Civil Veterinary Department. United Provinces 1912-22 - 1912-1922
Year: 1912
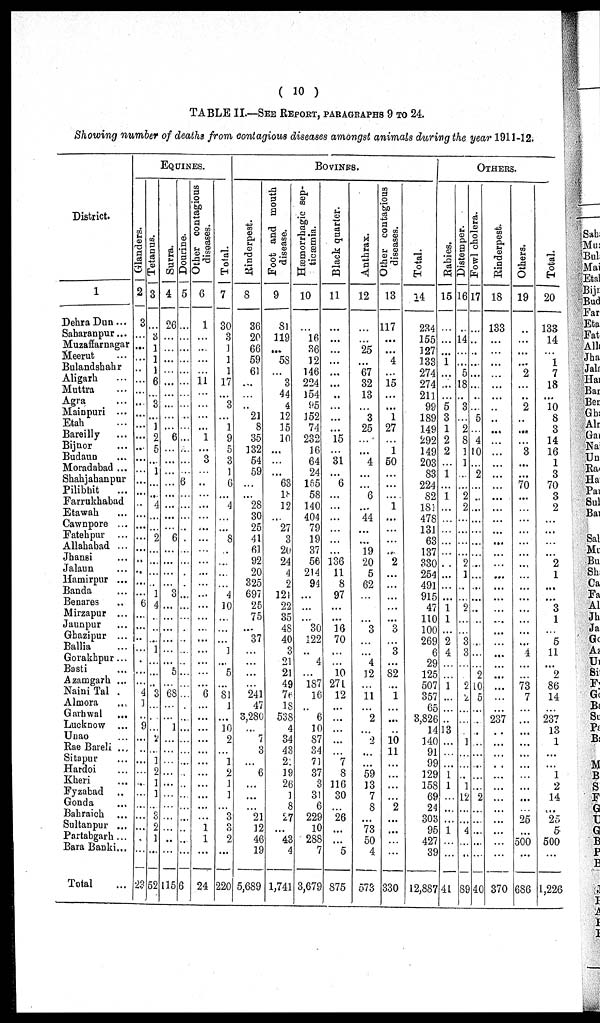
( 10 )
TABLE II.—SEE REPORT, PARAGRAPHS 9 TO 24.
Showing number of deaths from contagious diseases amongst animals during the year 1911-12.
District.
1
Dehra Dun ...
Saharanpur ...
Muzaffarnagar
Meerut ...
Bulandshahr
Aligarh ...
Muttra ...
Agra ...
Mainpuri ...
Etah ...
Bareilly ...
Bijnor ...
Budaun
...
Moradabad ...
Shahjahanpur
Pilibhit ...
Farrukhabad
Etawah ...
Cawnpore ...
Fatehpur ...
Allababad ...
Jhansi ...
Jalaun ...
Hamirpur ...
Banda ...
Benares ...
Mirzapur ...
Jaunpur ...
Ghazipur ...
Ballia ...
Gorakhpur ...
Basti ...
Azamgarh ...
Naini Tal .
Almora ...
Garhwal ...
Lucknow ...
Unao
...
Rae Bareli ...
Sitapur ...
Hardoi ...
Kheri ...
Fyzabad ...
Gonda ...
Bahraich ...
Sultanpur ...
Partabgarh ...
Bara Banki ...
Total ...
EQUINES.
Glanders.
2
3
...
...
...
...
...
...
...
...
...
...
..
...
...
...
...
...
...
...
...
...
...
...
...
...
6
...
...
...
...
...
...
...
4
1
...
9
...
...
...
...
...
...
...
...
... ...
...
23
Tetanus.
3
...
3
1
1
1
6
...
3
...
1
2
5
...
1
...
...
4
...
...
2
...
...
...
...
1
4
...
..
...
1
...
...
...
3
...
...
...
2
...
1
2
1
1
...
3
2 1
...
52
Surra.
4
26
...
...
...
...
...
...
...
...
... 6
...
...
...
...
...
...
...
...
6
...
...
...
...
3
...
...
...
...
...
...
5
...
68
...
...
1
...
...
...
...
...
...
...
...
... ...
...
115
Dourine.
5
...
...
...
...
...
...
...
...
...
...
...
...
...
...
6
...
...
...
...
...
...
...
...
...
...
...
...
...
...
...
....
...
...
...
...
...
...
...
...
...
...
...
...
...
...
...
...
...
6
Other contagious
diseases.
6
1
...
...
...
...
11
...
...
...
...
...
...
3
...
..
...
...
...
...
...
...
...
...
...
...
...
...
...
...
...
....
...
...
6
...
...
...
...
...
...
...
...
...
...
...
1
1
...
24
Total.
7
30
3
1
1
1
17
...
3
...
1
9
5
3
1
6
...
4
...
...
8
...
...
...
...
4
10
...
...
...
1
....
5
...
81
1
...
10
2
...
1
2
1
1
...
3
3 2
...
220
BOVINES.
Rinderpest.
8
36
20
66
59
61
...
...
...
21
8
35
132
54
59
...
...
28
30
25
41
61
92
20
325
697
25
75
...
37
...
....
...
...
241
47
3,280
...
7
3
...
6
...
...
...
21
12
46
19
5,689
Foot and mouth
disease.
9
81
119
...
58
... 3
44
4
12
15
10
...
...
...
63
18
12
...
27
3
26
24
4
2
121
22
35
48
40
3
21
21
49
76
18
538
4
34
43
22
19
26
1
8
27
... 43
4
1,741
Hæmorrhagic sep-
ticæmia.
10
... 16
36
12
146
224
154
95
152
74
232
16
64
24
155
58
140
404
79
19
37
56
214
94
...
...
...
30
122
..
4
...
187
16
...
6
10
87
34
71
37
3
31
6
229
10
288
7
3,679
Black quarter.
11
...
...
...
...
...
...
...
...
...
... 15
...
31
...
6
...
...
...
...
...
...
136
11
8
97
...
...
16
70
...
...
10
271
12
...
...
...
...
...
7
8
116
30
...
26
... ...
5
875
Anthrax.
12
...
...
25
...
67
32
13
...
3
25
...
...
4
...
...
6
...
44
...
...
19
20
5
62
...
...
...
3
...
...
4
12
...
11
...
2
...
2
...
...
59
13
7
8
...
73
50
4
573
Other contagious
diseases.
13
117
...
...
...
...
15
...
...
1
27
...
1
50
...
...
...
1
...
...
...
...
2
...
...
...
...
...
3
...
3
....
82
...
1
...
...
...
10
11
...
...
...
...
2
...
...
...
...
330
Total.
14
234
155
127
133
274
274
211
99
189
149
292
149
203
83
224
82
181
478
131
63
137
330
254
491
915
47
110
100
269
6
29
125
507
357
65
3,826
14
140
91
99
129
158
69
24
303
95
427
39
12,887
OTHERS.
Rabies.
15
...
...
...
1
...
...
...
5
3
1
2
2
...
1
...
1
...
...
...
...
...
...
...
...
...
1
1
...
2
4
...
...
1
...
...
...
13
...
...
...
1
1
...
...
...
1
...
...
41
Distemper.
16
...
14
...
...
5
18
...
3
...
2
8
1
1
...
...
2
2
...
...
...
...
2
1
...
...
9
...
...
3
3
...
9
...
...
...
1
...
...
...
1
12
...
...
4
...
...
89
Fowl cholera.
17
...
...
...
...
...
...
...
...
5
...
4
10
...
2
...
..
...
...
...
...
...
...
...
...
...
...
...
...
...
...
...
2
10
5
...
...
...
...
...
...
...
...
2
...
...
...
...
...
40
Rinderpest.
18
133
...
...
...
...
...
...
...
...
...
...
...
...
...
...
...
...
...
... ...
...
...
...
...
...
...
...
...
...
...
...
...
...
...
...
237
...
...
...
...
...
...
...
...
...
...
...
...
370
Others.
19
...
...
...
... 2
...
...
2
...
...
...
3
...
...
70
...
...
...
...
...
...
...
...
...
...
...
...
...
...
4
...
...
73
7
...
...
...
...
...
...
...
...
...
...
25
...
500
...
686
Total.
20
133
14
...
1
7
18
...
10
8
3
14
16
1
3
70
3
2
...
... ...
...
2
1
...
...
3
1
...
5
11
...
2
86
14
...
237
13
1
...
...
1
2
14
...
25
5
500
...
1,226